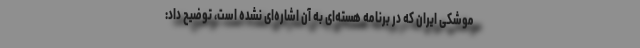
موشکی ایران که در برنامه هسته‌ای به آن اشاره‌ای نشده است، توضیح داد: